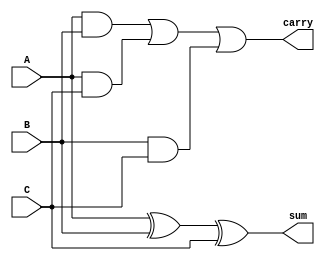
module CarrySaveAdder #(parameter N = 8) (
    input  wire [N-1:0] A,
    input  wire [N-1:0] B,
    input  wire [N-1:0] C,
    output wire [N-1:0] sum,
    output wire [N-1:0] carry
);

// Intermediate signals for partial sums and carries
wire [N-1:0] PS_AB; // Partial sum of A and B
wire [N-1:0] PC_AB; // Partial carry of A and B

wire [N-1:0] PS_ABC; // Final partial sum
wire [N-1:0] PC_ABC; // Final carry

// Step 1: Calculate partial sums and carries for A and B
assign PS_AB = A ^ B;  // Partial Sum = A XOR B
assign PC_AB = A & B;  // Partial Carry = A AND B

// Step 2: Add partial sum PS_AB to C
assign PS_ABC = PS_AB ^ C; // Combine PS_AB with C for the next partial sum
assign PC_ABC = PC_AB | (A & C) | (B & C); // Carry from previous and overlaps

// Final Output Assignments
assign sum = PS_ABC;   // This is the resultant sum
assign carry = PC_ABC; // This is the final carry which will need to be added in next stage

endmodule